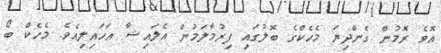
އޮވެ ރޮމުން ގެންދިޔަ މެހެކްގެ ބޮލުގައި ފިރުމާލަމުން އެލައިޝާ އަހައިލިއެވެ. މެހެކް ބޯ